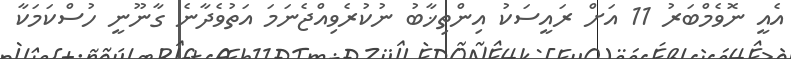
އެއީ ނޮވެމްބަރު 11 އަށް ރައީސަކު އިންތިޚާބު ނުކުރެވިއްޖެނަމަ އަތުވެދާނެ ގާނޫނީ ހުސްކަމަކާ